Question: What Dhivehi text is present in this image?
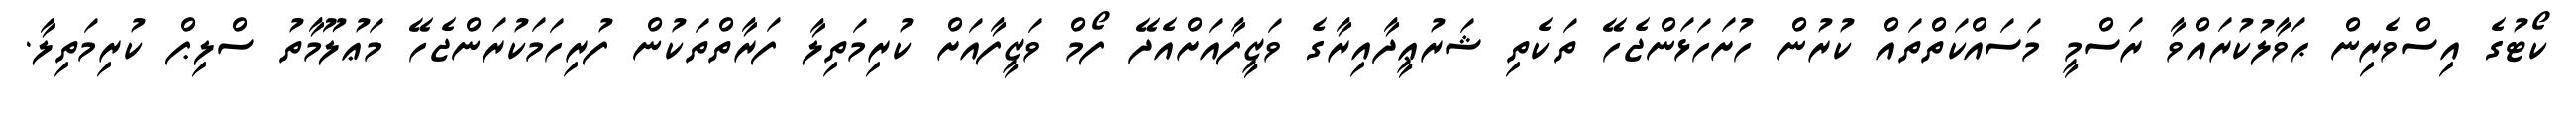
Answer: ކޯޓުގެ އިސްވެރިން ޙަވާލުކުރައްވާ ރަސްމީ މަސައްކަތްތައް ކުރުން ހުށަހަޅަންޖެހޭ ތަކެތި ޝަރުޢީދާއިރާގެ ވަޒީފާއަށްއެދޭ ފޯމް ވަޒީފާއަށް ކުރިމަތިލާ ފަރާތްތަކުން ފުރިހަމަކުރަންޖެހޭ މަޢުލޫމާތު ސްލިޕް ކުރިމަތިލާ.